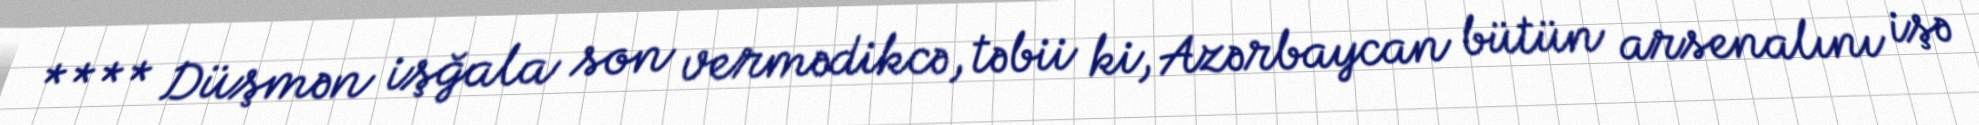
**** Düşmən işğala son vermədikcə, təbii ki, Azərbaycan bütün arsenalını işə